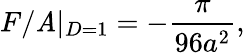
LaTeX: F/\mathit{A}|_{D=1}=-{\frac{{\pi}}{{96a^{2}}}},